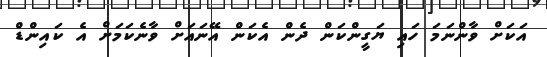
އަކަށް ވާންނަމަ ހައި ޔަގީންކަން ދެން އެކަން އޭނައަށް ވާނެކަމަށް އެ ކައިންޑް